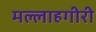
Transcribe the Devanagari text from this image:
मल्लाहगीरी